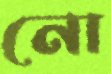
নো